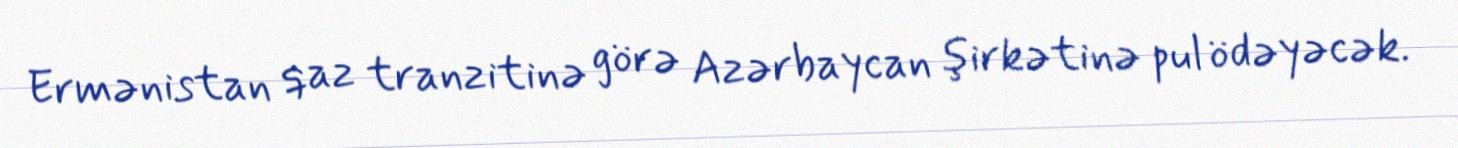
Ermənistan qaz tranzitinə görə Azərbaycan şirkətinə pul ödəyəcək.